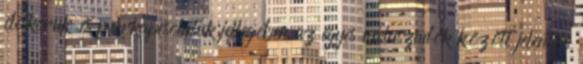
életkoruk és párkapcsolatuk jellegében az egyes válaszadók között jelentős